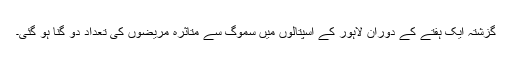
گزشتہ ایک ہفتے کے دوران لاہور کے اسپتالوں میں سموگ سے متاثرہ مریضوں کی تعداد دو گنا ہو گئی۔